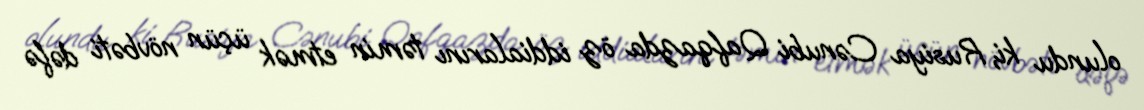
olundu ki, Rusiya Cənubi Qafqazda öz iddialarını təmin etmək üçün növbəti dəfə